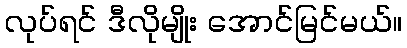
လုပ်ရင် ဒီလိုမျိုး အောင်မြင်မယ်။